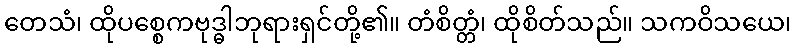
တေသံ၊ ထိုပစ္စေကဗုဒ္ဓါဘုရားရှင်တို့၏။ တံစိတ္တံ၊ ထိုစိတ်သည်။ သကဝိသယေ၊